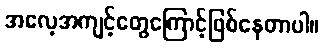
အလေ့အကျင့်တွေကြောင့်ဖြစ်နေတာပါ။